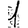
Digit: 1